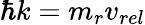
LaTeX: \hbar k=m_{r}v_{rel}